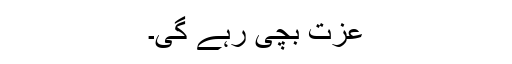
عزت بچی رہے گی۔